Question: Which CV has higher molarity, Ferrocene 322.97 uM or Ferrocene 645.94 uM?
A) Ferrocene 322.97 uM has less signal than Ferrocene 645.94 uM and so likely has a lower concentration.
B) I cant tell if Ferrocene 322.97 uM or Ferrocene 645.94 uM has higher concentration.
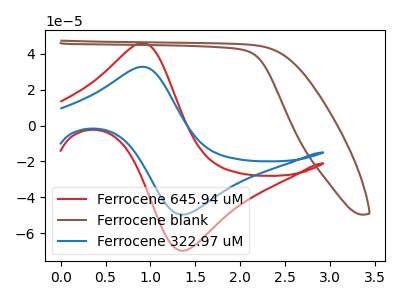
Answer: <think>The red curve "Ferrocene 645.94 uM" has an anodic peak at (0.90V, 46.05uA) and a cathodic peak at (1.40V, -69.65uA). The brown curve "Ferrocene blank" has no peaks. The blue curve "Ferrocene 322.97 uM" has an anodic peak at (0.90V, 32.75uA) and a cathodic peak at (1.40V, -49.55uA).
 All the peaks in "Ferrocene 322.97 uM" have a peak in "Ferrocene 645.94 uM" at the same potential. Every peak in "Ferrocene 322.97 uM" is lower than every peak in "Ferrocene 645.94 uM".</think>
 <answer>A) "Ferrocene 322.97 uM" has less signal than "Ferrocene 645.94 uM" and so likely has a lower concentration.</answer>
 <eval>A</eval>